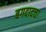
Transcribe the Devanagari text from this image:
बगदादचा